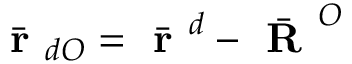
\bar { \textbf { r } } _ { d O } = \bar { \textbf { r } } ^ { d } - \bar { \textbf { R } } ^ { O }